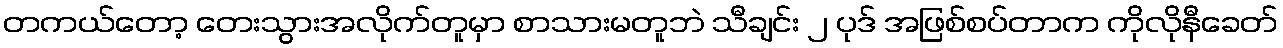
တကယ်တော့ တေးသွားအလိုက်တူမှာ စာသားမတူဘဲ သီချင်း ၂ ပုဒ် အဖြစ်စပ်တာက ကိုလိုနီခေတ်